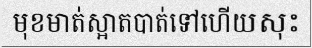
មុខមាត់ស្អាតបាត់ទៅហើយសុះ